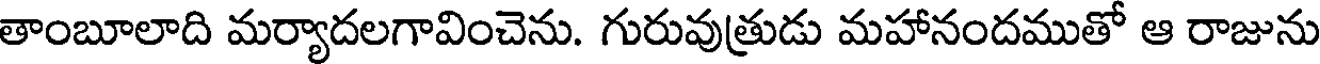
తాంబూలాది మర్యాదలగావించెను. గురువుత్రుడు మహానందముతో ఆ రాజును